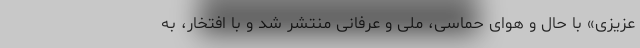
عزیزی» با حال و هوای حماسی، ملی و عرفانی منتشر شد و با افتخار، به